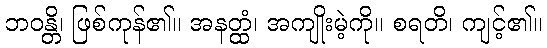
ဘဝန္တိ၊ ဖြစ်ကုန်၏။ အနတ္ထံ၊ အကျိုးမဲ့ကို။ စရတိ၊ ကျင့်၏။